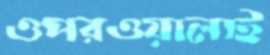
ওপরওয়ালাই